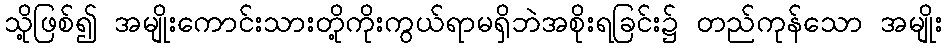
သို့ဖြစ်၍ အမျိုးကောင်းသားတို့ကိုးကွယ်ရာမရှိဘဲအစိုးရခြင်း၌ တည်ကုန်သော အမျိုး